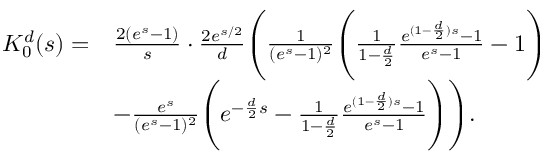
\begin{array} { r l } { K _ { 0 } ^ { d } ( s ) = } & { \frac { 2 ( e ^ { s } - 1 ) } { s } \cdot \frac { 2 e ^ { s / 2 } } { d } \Bigg ( \frac { 1 } { ( e ^ { s } - 1 ) ^ { 2 } } \Bigg ( \frac { 1 } { 1 - \frac { d } { 2 } } \frac { e ^ { ( 1 - \frac { d } { 2 } ) s } - 1 } { e ^ { s } - 1 } - 1 \Bigg ) } \\ & { - \frac { e ^ { s } } { ( e ^ { s } - 1 ) ^ { 2 } } \Bigg ( e ^ { - \frac { d } { 2 } s } - \frac { 1 } { 1 - \frac { d } { 2 } } \frac { e ^ { ( 1 - \frac { d } { 2 } ) s } - 1 } { e ^ { s } - 1 } \Bigg ) \Bigg ) . } \end{array}